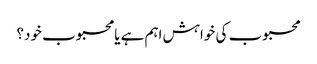
محبوب کی خواہش اہم ہے یا محبوب خود؟